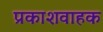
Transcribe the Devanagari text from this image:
प्रकाशवाहक